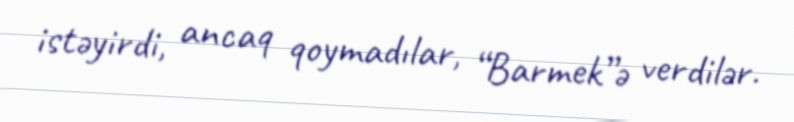
istəyirdi, ancaq qoymadılar, “Barmek”ə verdilər.